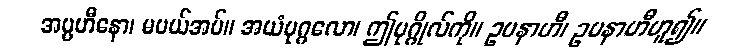
အပ္ပဟီနော၊ မပယ်အပ်။ အယံပုဂ္ဂလော၊ ဤပုဂ္ဂိုလ်ကို။ ဥပနာဟီ၊ ဥပနာဟီဟူ၍။